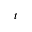
t